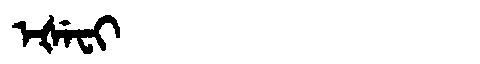
Manchu: ᡝᡧᡝᠸᡳ
Romanization: EŠEFI